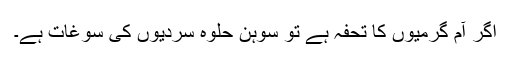
اگر آم گرمیوں کا تحفہ ہے تو سوہن حلوہ سردیوں کی سوغات ہے۔